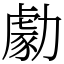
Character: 勮